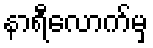
နာရီလောက်မှ